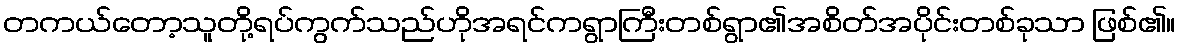
တကယ်တော့သူတို့ရပ်ကွက်သည်ဟိုအရင်ကရွာကြီးတစ်ရွာ၏အစိတ်အပိုင်းတစ်ခုသာ ဖြစ်၏။